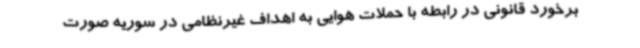
برخورد قانونی در رابطه با حملات هوایی به اهداف غیرنظامی در سوریه صورت